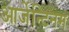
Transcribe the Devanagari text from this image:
आर्जेन्टिनम